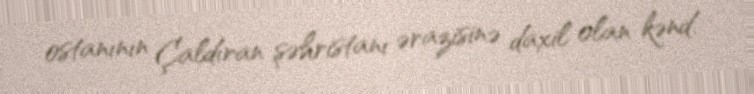
ostanının Çaldıran şəhristanı ərazisinə daxil olan kənd.